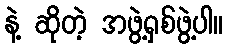
နဲ့ ဆိုတဲ့ အဖွဲ့ရှစ်ဖွဲ့ပါ။